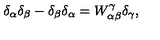
\delta _ { \alpha } \delta _ { \beta } - \delta _ { \beta } \delta _ { \alpha } = W _ { \alpha \beta } ^ { \gamma } \delta _ { \gamma } ,